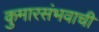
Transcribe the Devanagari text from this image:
कुमारसंभवाची